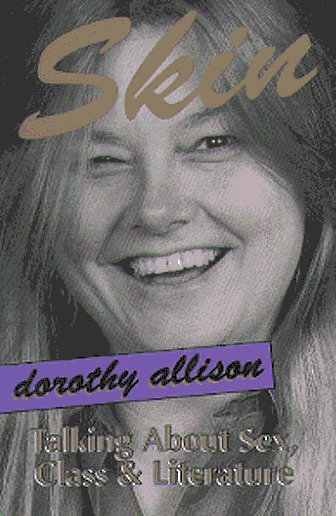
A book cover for Skin: Talking about Sex, Class and Literature; Dorothy Allison; Gay & Lesbian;